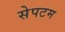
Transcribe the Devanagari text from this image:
सेपटम